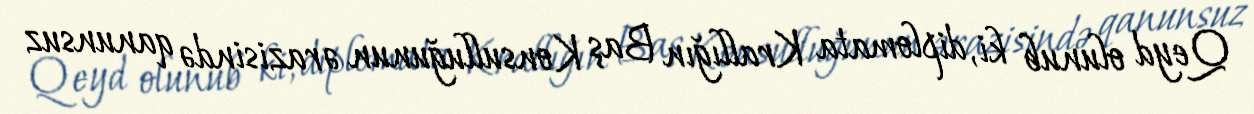
Qeyd olunub ki, diplomata Krallığın Baş Konsulluğunun ərazisində qanunsuz